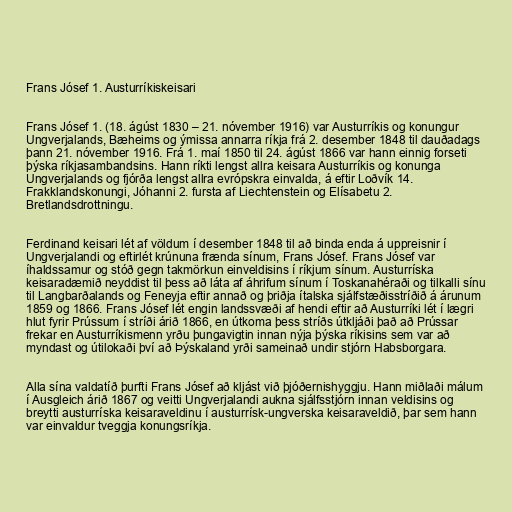
Frans Jósef 1. Austurríkiskeisari

Frans Jósef 1. (18. ágúst 1830 – 21. nóvember 1916) var Austurríkis og konungur
Ungverjalands, Bæheims og ýmissa annarra ríkja frá 2. desember 1848 til dauðadags
þann 21. nóvember 1916. Frá 1. maí 1850 til 24. ágúst 1866 var hann einnig forseti
þýska ríkjasambandsins. Hann ríkti lengst allra keisara Austurríkis og konunga
Ungverjalands og fjórða lengst allra evrópskra einvalda, á eftir Loðvík 14.
Frakklandskonungi, Jóhanni 2. fursta af Liechtenstein og Elísabetu 2.
Bretlandsdrottningu.

Ferdinand keisari lét af völdum í desember 1848 til að binda enda á uppreisnir í
Ungverjalandi og eftirlét krúnuna frænda sínum, Frans Jósef. Frans Jósef var
íhaldssamur og stóð gegn takmörkun einveldisins í ríkjum sínum. Austurríska
keisaradæmið neyddist til þess að láta af áhrifum sínum í Toskanahéraði og tilkalli sínu
til Langbarðalands og Feneyja eftir annað og þriðja ítalska sjálfstæðisstríðið á árunum
1859 og 1866. Frans Jósef lét engin landssvæði af hendi eftir að Austurríki lét í lægri
hlut fyrir Prússum í stríði árið 1866, en útkoma þess stríðs útkljáði það að Prússar
frekar en Austurríkismenn yrðu þungavigtin innan nýja þýska ríkisins sem var að
myndast og útilokaði því að Þýskaland yrði sameinað undir stjórn Habsborgara.

Alla sína valdatíð þurfti Frans Jósef að kljást við þjóðernishyggju. Hann miðlaði málum
í Ausgleich árið 1867 og veitti Ungverjalandi aukna sjálfsstjórn innan veldisins og
breytti austurríska keisaraveldinu í austurrísk-ungverska keisaraveldið, þar sem hann
var einvaldur tveggja konungsríkja.